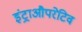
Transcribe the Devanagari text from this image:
इंट्राऔपरेटिव